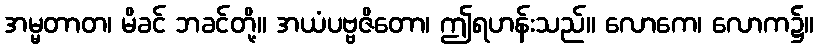
အမ္မတာတ၊ မိခင် ဘခင်တို့။ အယံပဗ္ဗဇိတော၊ ဤရဟန်းသည်။ လောကေ၊ လောက၌။